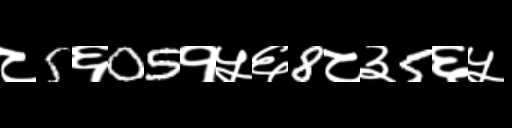
Text: ८5६05१५६8८३5६५